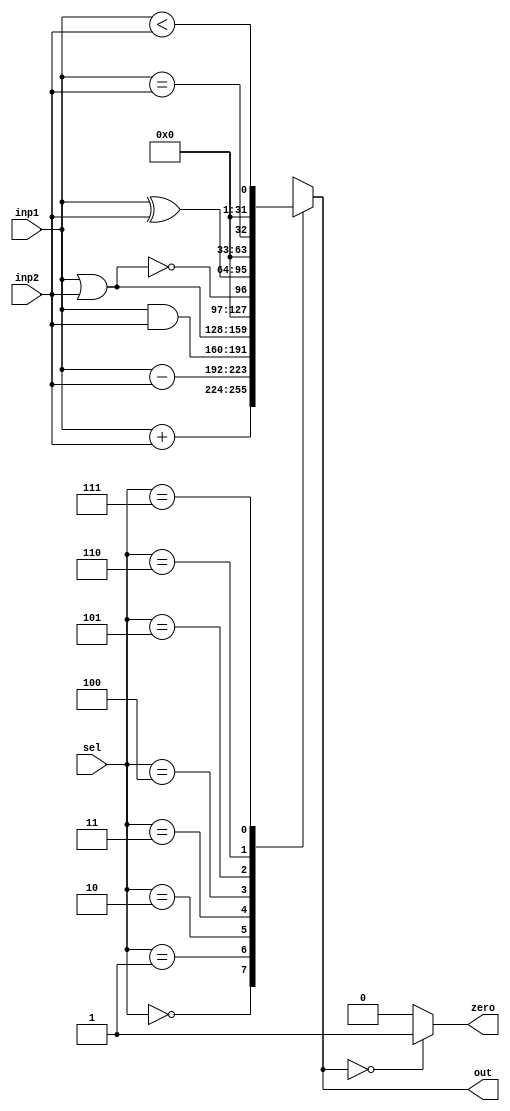
`timescale 1ns / 1ps
//////////////////////////////////////////////////////////////////////////////////
// Company: 
// Engineer: 
// 
// Design Name: 
// Module Name:    alu 
// Project Name: CA - University of Isfahan (Semester 4001)
// Target Devices: 
// Tool versions: 
// Description: 
//
// Dependencies: 
//
// Revision: 
// Revision 0.01 - File Created
// Additional Comments: 
//
//////////////////////////////////////////////////////////////////////////////////
module alu(input[31:0] inp1, input[31:0] inp2, input[2:0] sel, output reg[31:0] out, output reg zero);

	always @ (*)
	begin
		zero = 0;
		case(sel)
		3'b000:
			out = inp1 + inp2;
		3'b001:
			out = inp1 - inp2;
		3'b010:
			out = inp1 & inp2;
		3'b011:
			out = inp1 | inp2;
		3'b100:
			out = !(inp1 | inp2);
		3'b101:
			out = inp1 ^ inp2;
		3'b110:
			out = (inp1 == inp2);
		3'b111:
			out = (inp1 < inp2);
		endcase
		
		if (out == 0)
			zero = 1;
			
		end

endmodule